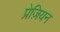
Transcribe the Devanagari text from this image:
प्रेज़ियन